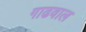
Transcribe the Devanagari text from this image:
गाढवाल